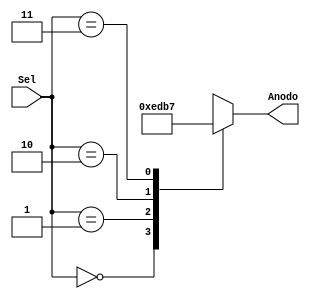
`timescale 1ns / 1ps
//////////////////////////////////////////////////////////////////////////////////
// Company: 
// Engineer: 
// 
// Design Name: 
// Module Name: SelAnodo
// Project Name: 
// Target Devices: 
// Tool Versions: 
// Description: 
// 
// Dependencies: 
// 
// Revision:
// Revision 0.01 - File Created
// Additional Comments:
// 
//////////////////////////////////////////////////////////////////////////////////


module SelAnodo(
    input [1:0] Sel,
    output reg [3:0] Anodo
    );
    
     always @(Sel)
    begin
        case (Sel)
            2'b00 : Anodo = 4'b1110;
            2'b01 : Anodo = 4'b1101;
            2'b10 : Anodo = 4'b1011;
            2'b11 : Anodo = 4'b0111;
            default : Anodo = 4'b1111;
        endcase
    end
endmodule